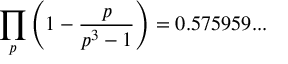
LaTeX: \prod _ { p } \left( 1 - { \frac { p } { p ^ { 3 } - 1 } } \right) = 0 . 5 7 5 9 5 9 . . .